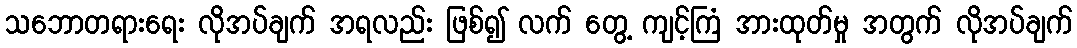
သဘောတရားရေး လိုအပ်ချက် အရလည်း ဖြစ်၍ လက် တွေ့ ကျင့်ကြံ အားထုတ်မှု အတွက် လိုအပ်ချက်